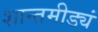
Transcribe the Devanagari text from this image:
शान्तमीड्यं